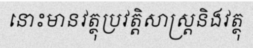
នោះមានវត្ថុប្រវត្តិសាស្ត្រនិងវត្ថុ